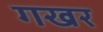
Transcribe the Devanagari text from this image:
गखर